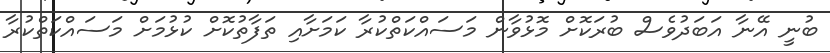
ބުނީ އޭނާ އަބަދުވެސް ބުރަކޮށް މޮޅުވާން މަސައްކަތްކުރާ ކަމަށާއި ތަފާތުކޮށް ކުޅުމަށް މަސައްކަތްކުރާ